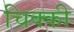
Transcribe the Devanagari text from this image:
चिक्‍की